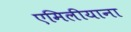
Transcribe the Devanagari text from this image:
एमिलीयाना